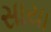
સાયા